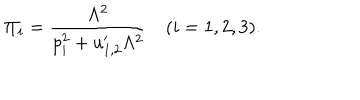
LaTeX: \Pi _ { i } = \frac { \Lambda ^ { 2 } } { p _ { i } ^ { 2 } + u _ { 1 , 2 } ^ { \prime } \Lambda ^ { 2 } } \quad ( i = 1 , 2 , 3 ) .